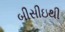
બીસીઇથી